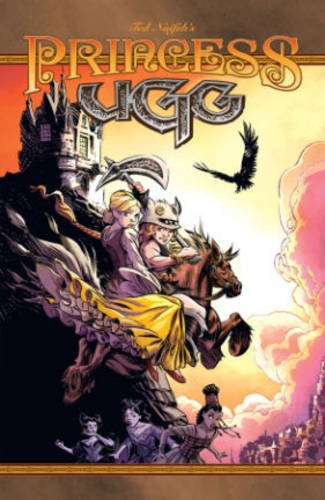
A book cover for Princess Ugg Volume 2 (Princess Ugg Tp); Ted Naifeh; Comics & Graphic Novels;